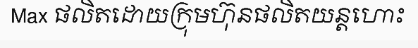
Max ផលិតដោយក្រុមហ៊ុនផលិតយន្តហោះ